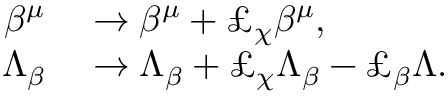
\begin{array} { r l } { \beta ^ { \mu } } & { { } \to \beta ^ { \mu } + \pounds _ { \chi } \beta ^ { \mu } , } \\ { \Lambda _ { \beta } } & { { } \to \Lambda _ { \beta } + \pounds _ { \chi } \Lambda _ { \beta } - \pounds _ { \beta } \Lambda . } \end{array}